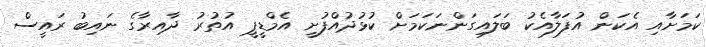
ކަމަށާއި އެކަން އުފަލާއެކު ބަލައިގަންނަކަމަށް ކުޅުދުއްފުށީ އެމްޑީޕީ އުތުރު ދާއިރާގެ ނައިބު ރައީސް